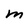
Character: M